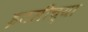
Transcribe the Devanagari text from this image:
इतलीच्या